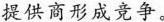
提供商形成竞争。